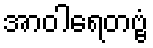
အာဝါရေတဗ္ဗံ